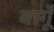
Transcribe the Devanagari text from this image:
बागूँ